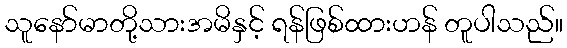
သူနော်မာတို့သားအမိနှင့် ရန်ဖြစ်ထားဟန် တူပါသည်။